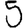
Digit: 5